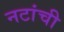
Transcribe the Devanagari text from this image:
नटांची